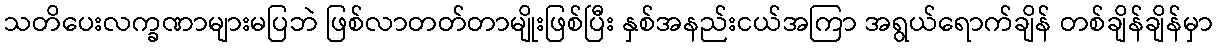
သတိပေးလက္ခဏာများမပြဘဲ ဖြစ်လာတတ်တာမျိုးဖြစ်ပြီး နှစ်အနည်းငယ်အကြာ အရွယ်ရောက်ချိန် တစ်ချိန်ချိန်မှာ